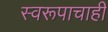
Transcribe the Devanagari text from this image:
स्वरूपाचाही